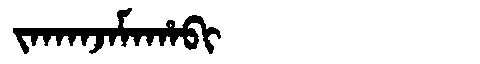
Manchu: ᠵᠠᡴᠠᠨᠵᠠᠮᠠᡥᠠᠪᡳ
Romanization: JAKANJAMAHABI